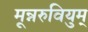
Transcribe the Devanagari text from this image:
मून्नरुवियुम्